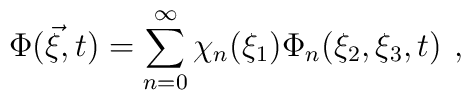
\Phi(\vec{\xi},t)=\sum_{n=0}^{\infty}\chi_{n}(\xi_{1})\Phi_{n}(\xi_{2},\xi_{3},t)\hspace{0.15cm},